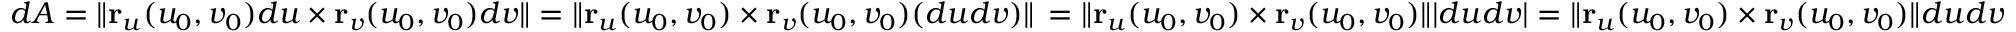
d A = \| \mathbf r _ { u } ( u _ { 0 } , v _ { 0 } ) d u \times \mathbf r _ { v } ( u _ { 0 } , v _ { 0 } ) d v \| = \| \mathbf r _ { u } ( u _ { 0 } , v _ { 0 } ) \times \mathbf r _ { v } ( u _ { 0 } , v _ { 0 } ) ( d u d v ) \| \, = \| \mathbf r _ { u } ( u _ { 0 } , v _ { 0 } ) \times \mathbf r _ { v } ( u _ { 0 } , v _ { 0 } ) \| | d u d v | = \| \mathbf r _ { u } ( u _ { 0 } , v _ { 0 } ) \times \mathbf r _ { v } ( u _ { 0 } , v _ { 0 } ) \| d u d v